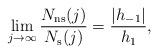
LaTeX: \begin{align*}\lim\limits_{j\to\infty}\dfrac{N_{\rm ns}(j)}{N_{\rm s}(j)}=\dfrac{|h_{-1}|}{h_1},\end{align*}